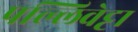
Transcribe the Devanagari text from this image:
पल्लिवेट्टा